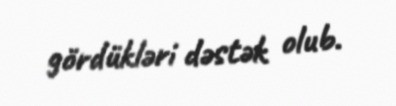
gördükləri dəstək olub.